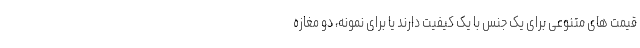
قیمت های متنوعی برای یک جنس با یک کیفیت دارند یا برای نمونه، دو مغازه